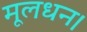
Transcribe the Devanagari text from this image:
मूलधन।